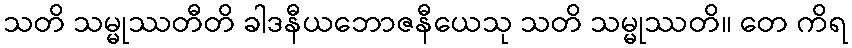
သတိ သမ္မုဿတီတိ ခါဒနီယဘောဇနီယေသု သတိ သမ္မုဿတိ။ တေ ကိရ